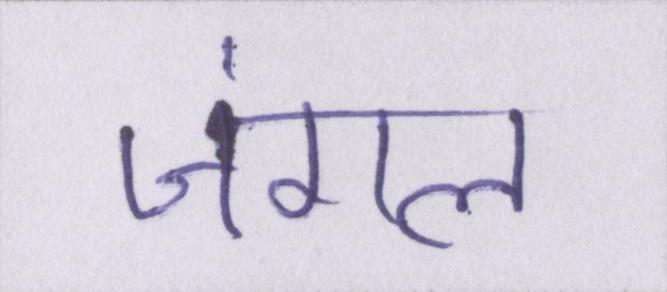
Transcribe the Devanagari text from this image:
जंगल